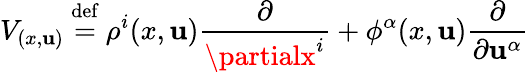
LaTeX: V_{(x,\mathbf{u})}\ {\stackrel{\mathrm{{def}}}{=}}\ \rho^{i}(x,\mathbf{u}){\frac{{\partial}}{{\partialx^{i}}}}+\phi^{\alpha}(x,\mathbf{u}){\frac{{\partial}}{{\partial\mathbf{u}^{\alpha}}}}